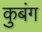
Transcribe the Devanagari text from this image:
कुबंग